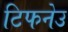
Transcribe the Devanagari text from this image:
टिफनेउ